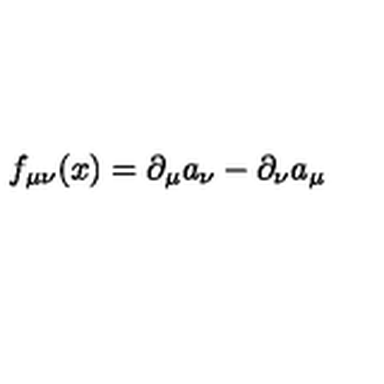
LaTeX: f _ { \mu \nu } ( x ) = \partial _ { \mu } a _ { \nu } - \partial _ { \nu } a _ { \mu }